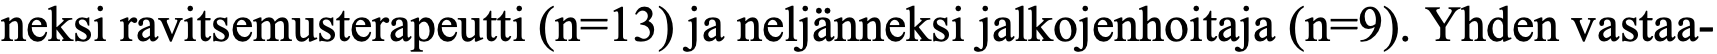
neksi ravitsemusterapeutti (n=13) ja neljänneksi jalkojenhoitaja (n=9). Yhden vastaa-